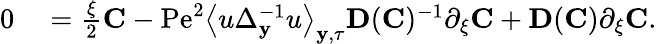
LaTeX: \begin{array}{rl}{0}&{{}=\frac{\xi}{2}\mathbf{C}-\mathrm{Pe}^{2}\left\langle u\Delta_{\mathbf{y}}^{-1}u\right\rangle_{\mathbf{y},\tau}\mathbf{D}(\mathbf{C})^{-1}\partial_{\xi}\mathbf{C}+\mathbf{D}(\mathbf{C})\partial_{\xi}\mathbf{C}.}\end{array}